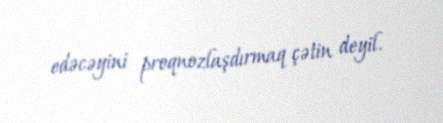
edəcəyini proqnozlaşdırmaq çətin deyil.